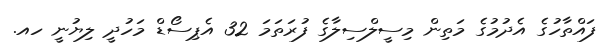
ފައްތާހުގެ އެދުމުގެ މަތިން މިސީލްސިލާގެ ފުރަތަމަ 32 އެޕިސޯޑް މަހުދީ ލިޔުނީ ހއ.